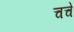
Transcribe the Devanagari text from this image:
चचें